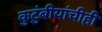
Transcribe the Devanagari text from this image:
कुटुंबीयांचीही